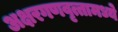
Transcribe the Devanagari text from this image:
अक्षरगणवृत्तामध्ये